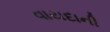
વાયદાની